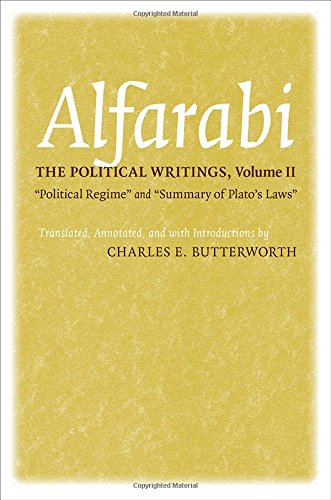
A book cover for The Political Writings: "Political Regime" and "Summary of Plato's Laws" (Agora Editions); Alfarabi; Politics & Social Sciences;